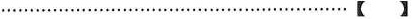
…………【】